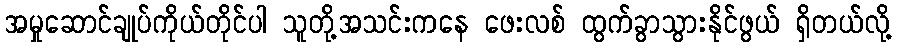
အမှုဆောင်ချုပ်ကိုယ်တိုင်ပါ သူတို့အသင်းကနေ ဖေးလစ် ထွက်ခွာသွားနိုင်ဖွယ် ရှိတယ်လို့